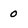
Character: 0